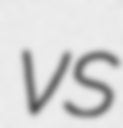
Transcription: vs